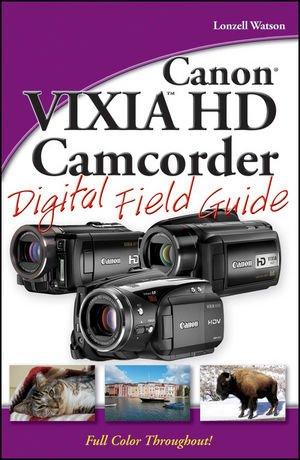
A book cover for Canon VIXIA HD Camcorder Digital Field Guide; Lonzell Watson; Arts & Photography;